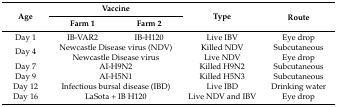
<table><thead><tr><td rowspan="2"><b>Age</b></td><td colspan="2"><b>Vaccine</b></td><td rowspan="2"><b>Type</b></td><td rowspan="2"><b>Route</b></td></tr><tr><td><b>Farm 1</b></td><td><b>Farm 2</b></td></tr></thead><tbody><tr><td>Day 1</td><td>IB-VAR2</td><td>IB-H120</td><td>Live IBV</td><td>Eye drop</td></tr><tr><td rowspan="2">Day 4</td><td colspan="2">Newcastle Disease virus (NDV)</td><td>Killed NDV</td><td>Subcutaneous</td></tr><tr><td colspan="2">Newcastle Disease virus</td><td>Live NDV</td><td>Eye drop</td></tr><tr><td>Day 7</td><td colspan="2">AI-H9N2</td><td>Killed H9N2</td><td>Subcutaneous</td></tr><tr><td>Day 9</td><td colspan="2">AI-H5N1</td><td>Killed H5N3</td><td>Subcutaneous</td></tr><tr><td>Day 12</td><td colspan="2">Infectious bursal disease (IBD)</td><td>Live IBD</td><td>Drinking water</td></tr><tr><td>Day 16</td><td colspan="2">LaSota + IB H120</td><td>Live NDV and IBV</td><td>Eye drop</td></tr></tbody></table>